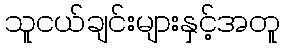
သူငယ်ချင်းများနှင့်အတူ